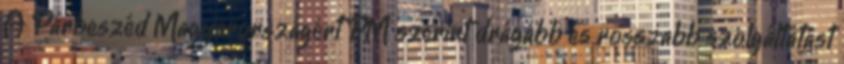
A Párbeszéd Magyarországért PM szerint drágább és rosszabb szolgáltatást